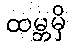
ထမ္ဘမှိ